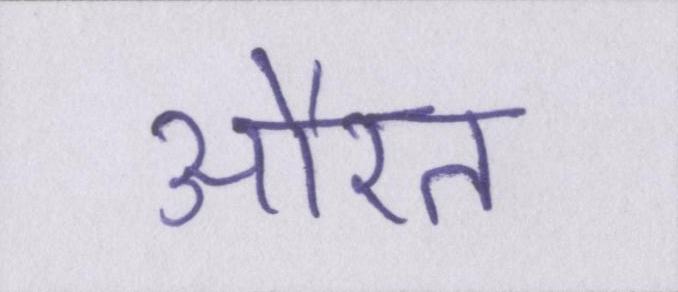
औरत